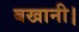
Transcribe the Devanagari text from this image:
बखानी।